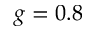
g = 0 . 8